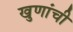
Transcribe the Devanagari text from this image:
खुणांची